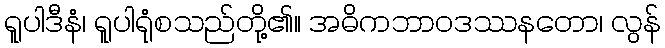
ရူပါဒီနံ၊ ရူပါရုံစသည်တို့၏။ အဓိကဘာဝဒဿနတော၊ လွန်